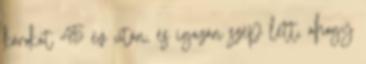
károkat 45 év után, és igazán szép lett, ahogy